Rasina_vallavalitsus, lk 50
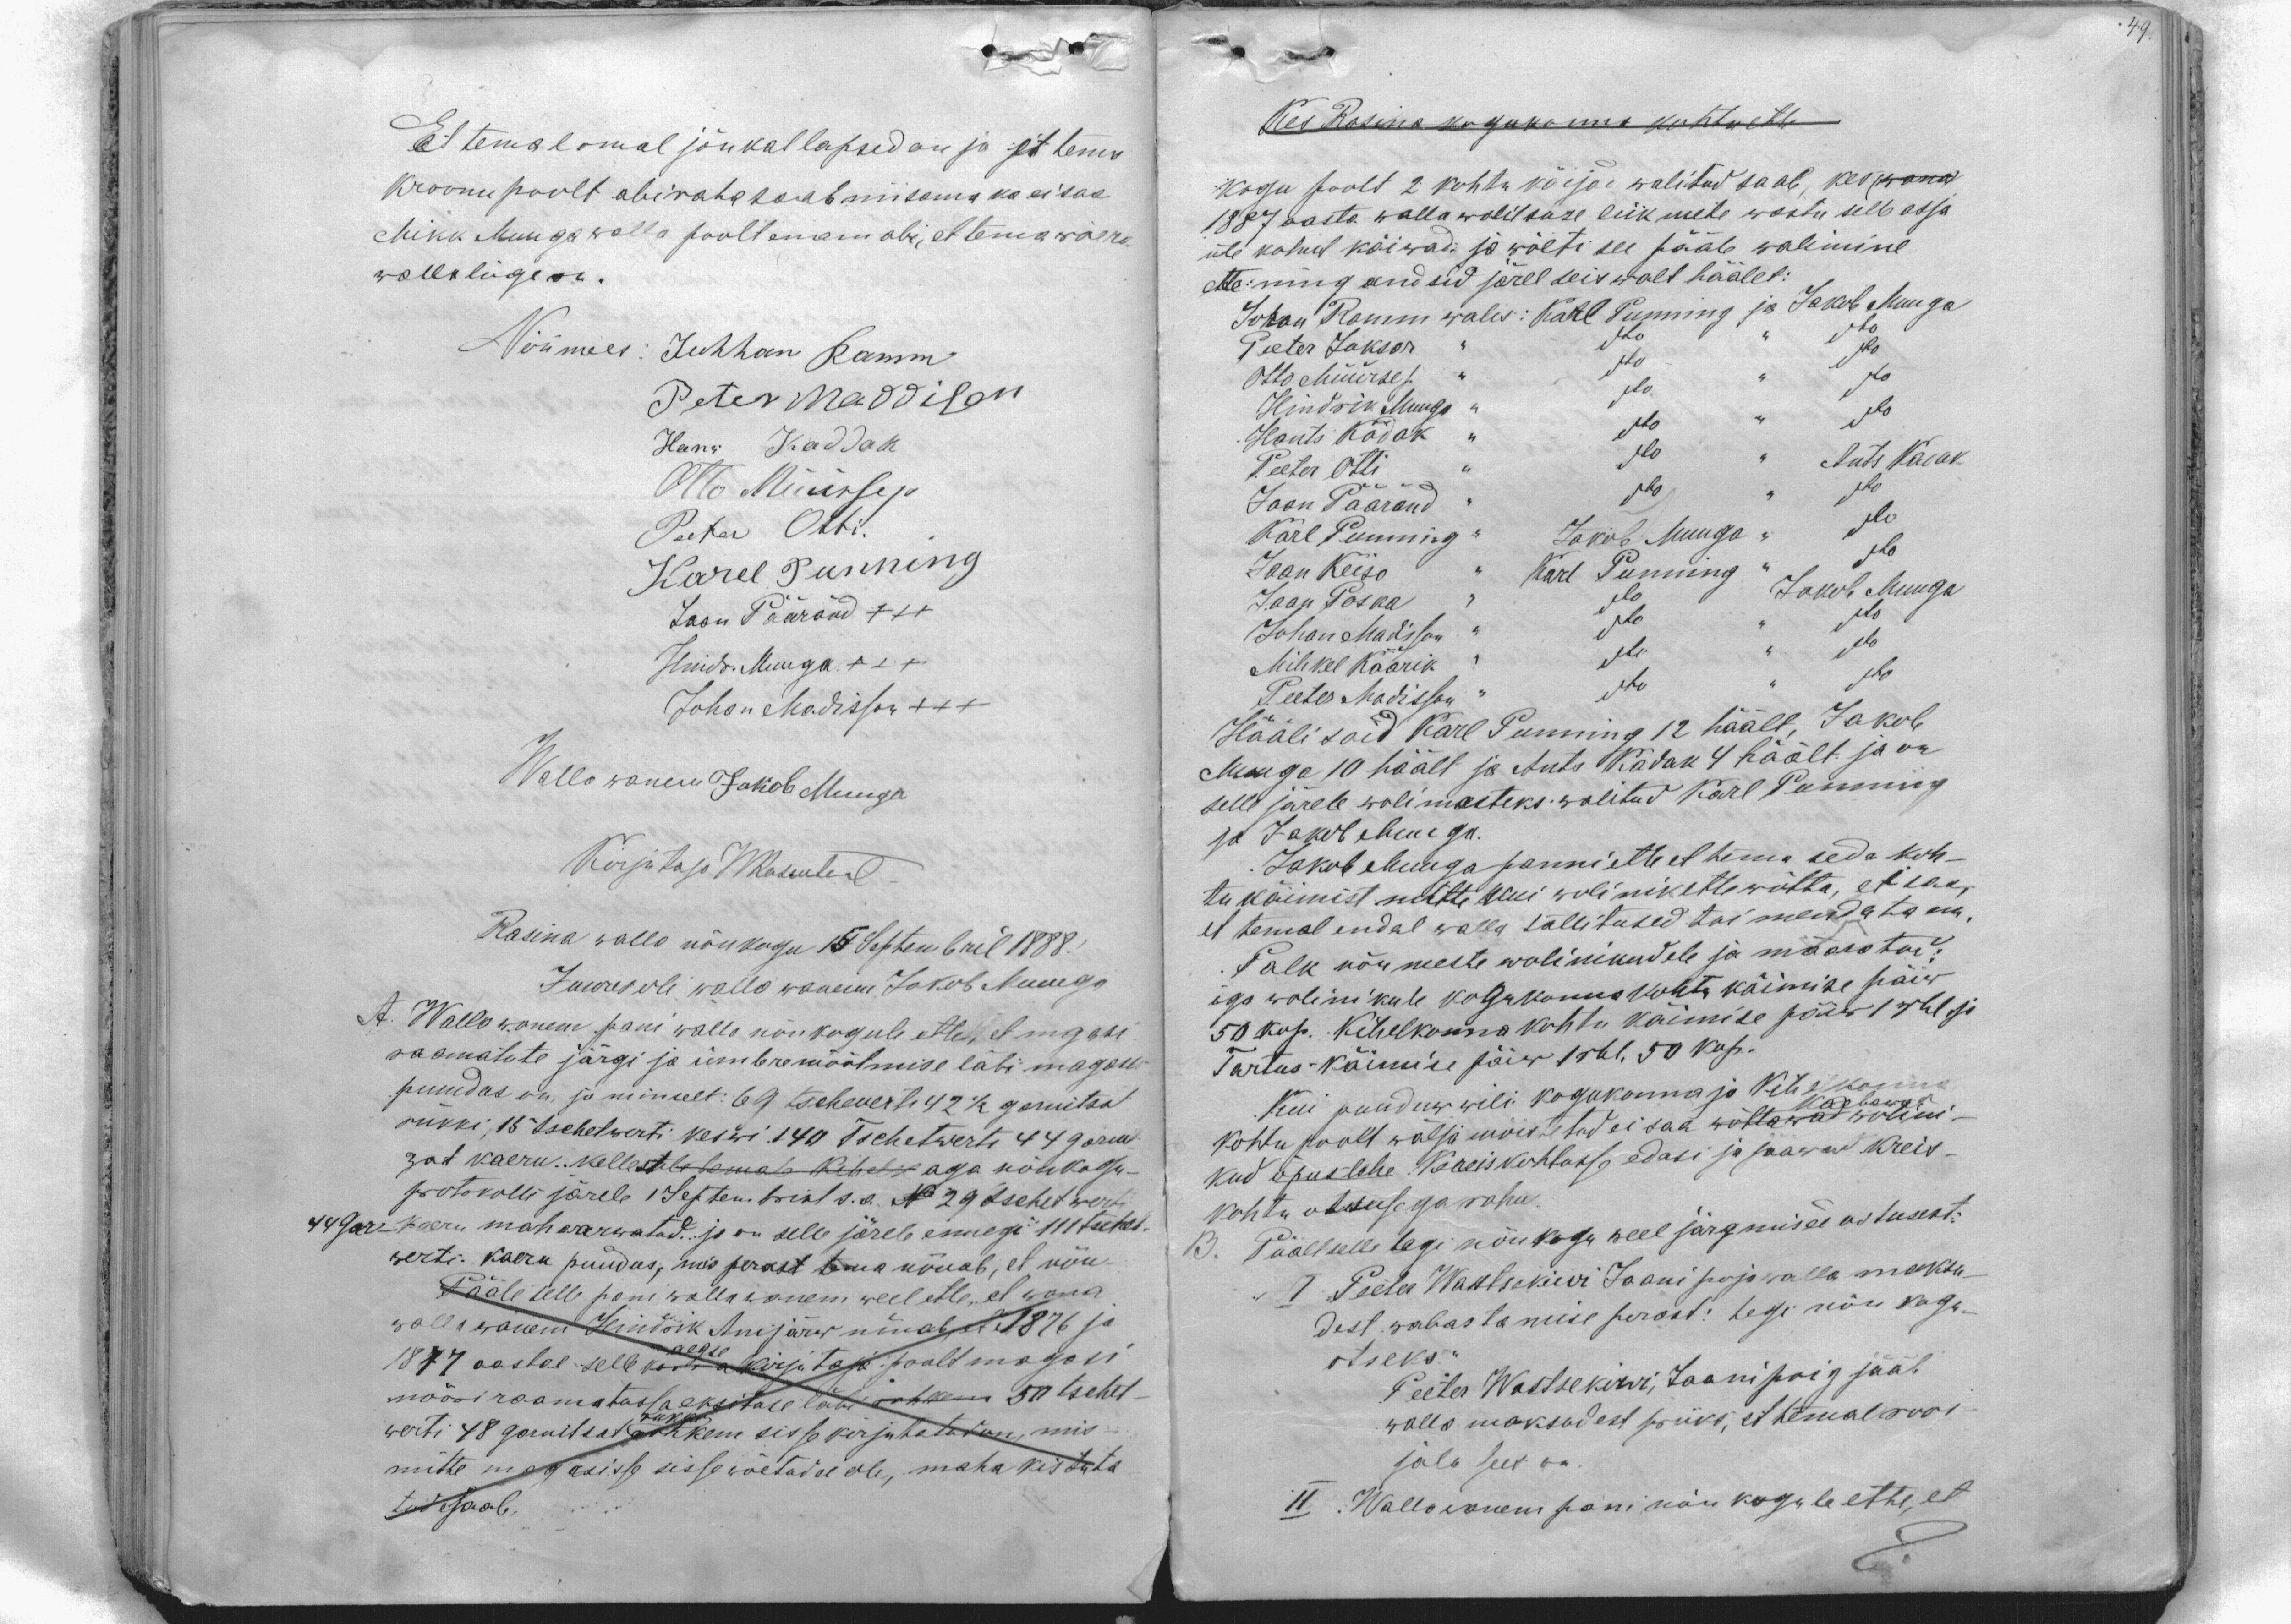
Et temal omal jõukat lapsed on ja et tema
kroonu poolt abiraha saab niisama ka ei saa
Mikk Muuga walla poolt enam abi, et tema wõera
walla liige on.
Nõu mees: Juhhan Ramm
Peter Maddison
Hans Kaddak
Otto Müürsep.
Peeter Otti.
Karel Punning
Jaan Pääränd XXX
Hindr. Muuga XXX
Johan Madisson +++
Walla wanem Jakob Muuga
Kirjutaja WRosentaal
Rasina walla nõukogu 15 Septembril 1888
Juures oli walla wanem Jakob Muuga
A. Walla wanem pani walla nõukogule ette, et mgasi
raamatute järgi ja ümbremõõtmise läbi magasis
puudus on, ja nimelt: 69 tschewerti 42 1/2 garnitsa
rukki, 15 tschetwerti keswi. 140 Tschetwerti 44 garnit
zat kaeru. kellestele temale Kihel aga nõukogu-
protokolli järele 1 Septembrist s.a. No 29 tschetwerti
44 gar - kaeru mahaarwatud. ja on selle järele ennegi 111 tschet.
werti. kaeru puudus, mis perast tema nõuab, et nõu
Pääle selle pani walla wanem weel ette, et wana
wallawanem Hindrik Anijärw nõuab et 1876 ja
1877 aastal selle kordes aegse kirjutaja poolt magasi
nööriraamatussa eksituse läbi rohkem 50 tschet-
werti 48 garnitsat rukki rohkem sisse kirjutatud on, mis
mitte magasisse sisse wõetud ei ole, maha kistuta
tud saab.

Kes Rasina kogukonna kohtu ette
Kogu poolt 2 kohtu käijad walitud saab, kes (wana)
1887 aasta walla walitsuse liikmete wastu selle asja
üle kohut käiwad: ja wõeti see pääle walimine
ette ning andsid järel seiswalt häälet:
Johan Ramm walis: Karl Punning ja Jakob Muuga
Peeter Jakson " dto " dto
Otto Müürsep " dto " dto
Hindrik Muuga " dto " dto
Hants Kadak " dto " dto
Peeter Otti " dto " Ants Kadak
Jaan Päärand " dto " dto
Karl Punning " Jakob Muuga " dto
Jaan Keiso " Karl Punning " dto
Jaan Poska " dto " Jakob Muuga
Johan Madisson " dto " dto
Mihkel Käärik " dto " dto
Peeter Madisson " dto " dto
Hääli said Karl Punning 12 häält, Jakob
Muuga 10 häält ja Ants Kadak 4 häält ja on
selle järele wolimesteks walitud Karl Punning
ja Jakob Muuga.
Jakob Muuga panni ette et tema seda koh-
tu käimist mitte kui wolinik ette wõtta, et saa
et temal endal walla tallitused toimendata on.
Palk nõumeste wolinikudele ja määratud
iga wolinikule kogukonnakohtu käimise päiw
50 kop. Kihelkonna kohtu käimise päiw 1 rbl ja
Tartus käimise päiw 1 rbl. 50 kop.
Kui puuduw wili kogukonna ja Kihelkonna
kohtu poolt wälja mõistetud ei saa wõttawad kaebawad wolini-
kud õpuslehe Kreiskohtusse edasi ja saawad Kreis-
kohtu otsusega rahu.
B. Päält selle tegi nõukogu weel järgmised ostusest:
I Peeter Wastsekiwi Jaani poja walla maksu-
dest wabastamise perast: tegi nõukogu
otseks:
Peeter Wastsekiwi, Jaani poig jääb
walla maksudest priiks, et temal roos
jala sees on.
II Wallawanem pani nõukogule ette, et